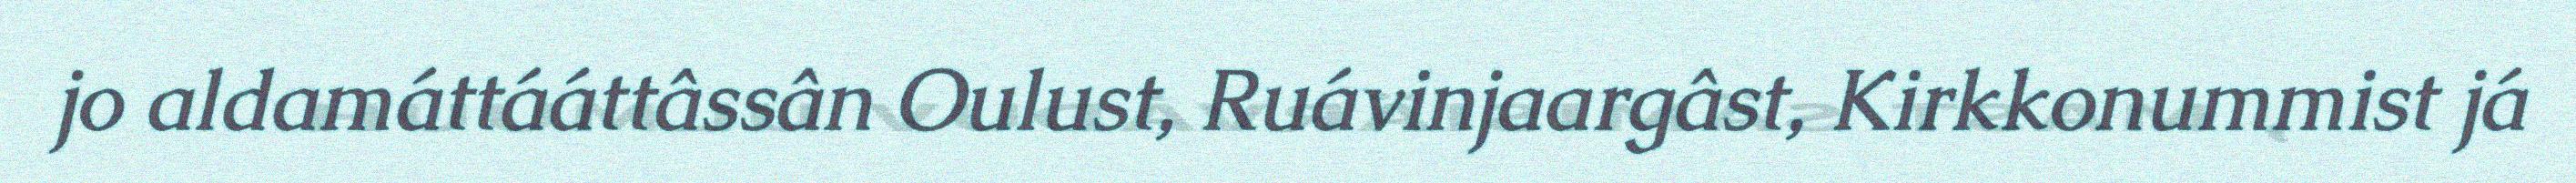
jo aldamáttááttâssân Oulust, Ruávinjaargâst, Kirkkonummist já